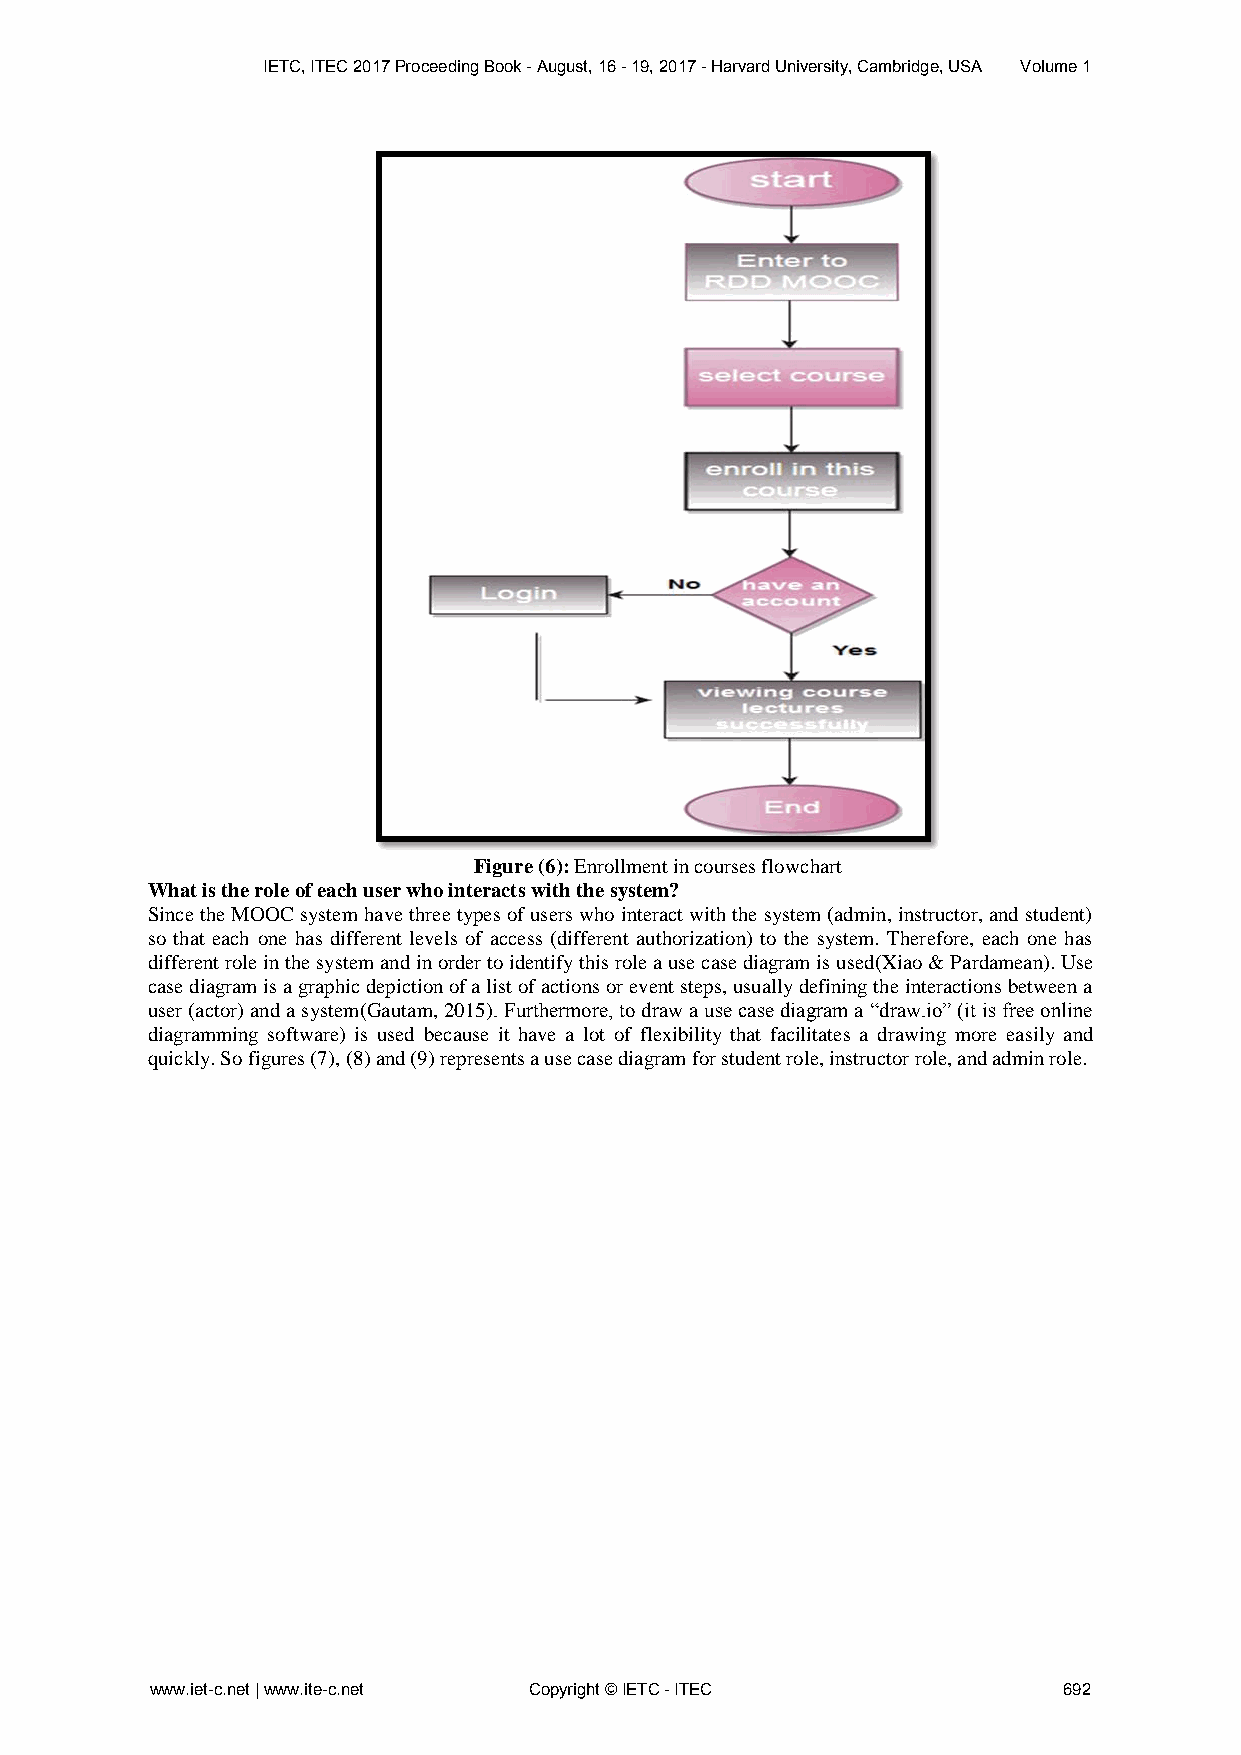
IETC, ITEC 2017 Proceeding Book - August, 16 - 19, 2017 - Harvard University, Cambridge, USA Volume 1
 Figure (6): Enrollment in courses flowchart
 What is the role of each user who interacts with the system?
 Since the MOOC system have three types of users who interact with the system (admin, instructor, and student)
 so that each one has different levels of access (different authorization) to the system. Therefore, each one has
 different role in the system and in order to identify this role a use case diagram is used(Xiao & Pardamean). Use
 case diagram is a graphic depiction of a list of actions or event steps, usually defining the interactions between a
 user (actor) and a system(Gautam, 2015). Furthermore, to draw a use case diagram a “draw.io” (it is free online
 diagramming software) is used because it have a lot of flexibility that facilitates a drawing more easily and
 quickly. So figures (7), (8) and (9) represents a use case diagram for student role, instructor role, and admin role.
 www.iet-c.net | www.ite-c.net Copyright © IETC - ITEC       692